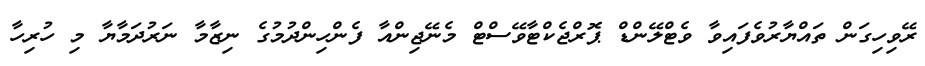
ރޭވިހިގަން ތައްޔާރުވެފައިވާ ވެޓްލޭންޑް ޕޮރްޖެކްޓާވޭސްޓް މެނޭޖިންއާާ ފެންހިންދުމުގެ ނިޒާމާ ނަރުދަމާޔާ މި ހުރިހާ